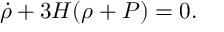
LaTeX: \dot { \rho } + 3 H ( \rho + P ) = 0 .